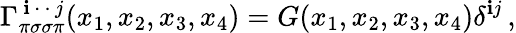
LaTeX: \Gamma_{\pi\sigma\sigma\pi}^{\, \mathbf{i}\, \cdot\, \cdot\, j}(x_{1},x_{2},x_{3},x_{4})=G(x_{1},x_{2},x_{3},x_{4})\delta^{\mathbf{i}j}\, ,